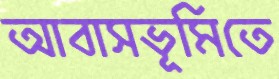
আবাসভূমিতে